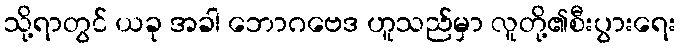
သို့ရာတွင် ယခု အခါ ဘောဂဗေဒ ဟူသည်မှာ လူတို့၏စီးပွားရေး